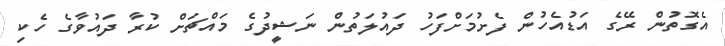
އެގޮތުން ރޭގެ އަޑުއެހުން ފެށުމަށްފަހު ދައުލަތުން ނަޝީދުގެ މައްޗަށް ކުރާ ދައުވާގެ ހެކި